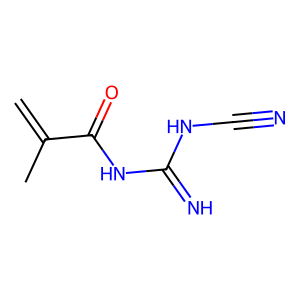
SMILES: C=C(C)C(=O)NC(=N)NC#N
Inhibits HIV replication: No